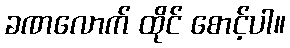
ခဏလောက် ထိုင် စောင့်ပါ။